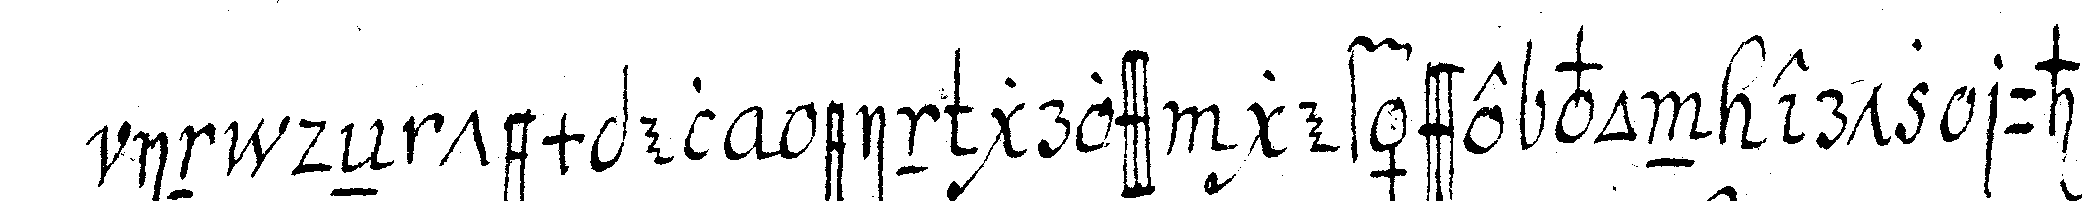
in deN tempel ein gross gefässe von ertz ruheNd